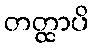
တတ္ထာပိ